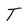
Character: T